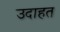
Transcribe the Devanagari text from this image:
उदाहत